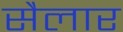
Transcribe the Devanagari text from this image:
सैलार